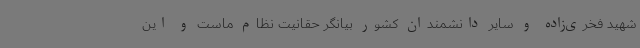
شهید فخری‌زاده و سایر دانشمندان کشور بیانگر حقانیت نظام ماست و این